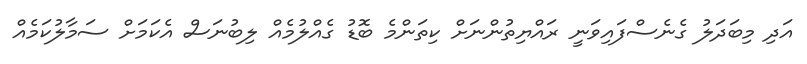
އަދި މިބަދަލު ގެނެސްފައިވަނީ ރައްޔިތުންނަށް ކިތަންމެ ބޮޑު ގެއްލުމެއް ލިބުނަސް އެކަމަށް ސަމާލުކަމެއް